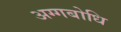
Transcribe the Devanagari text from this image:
अग्गबोधि